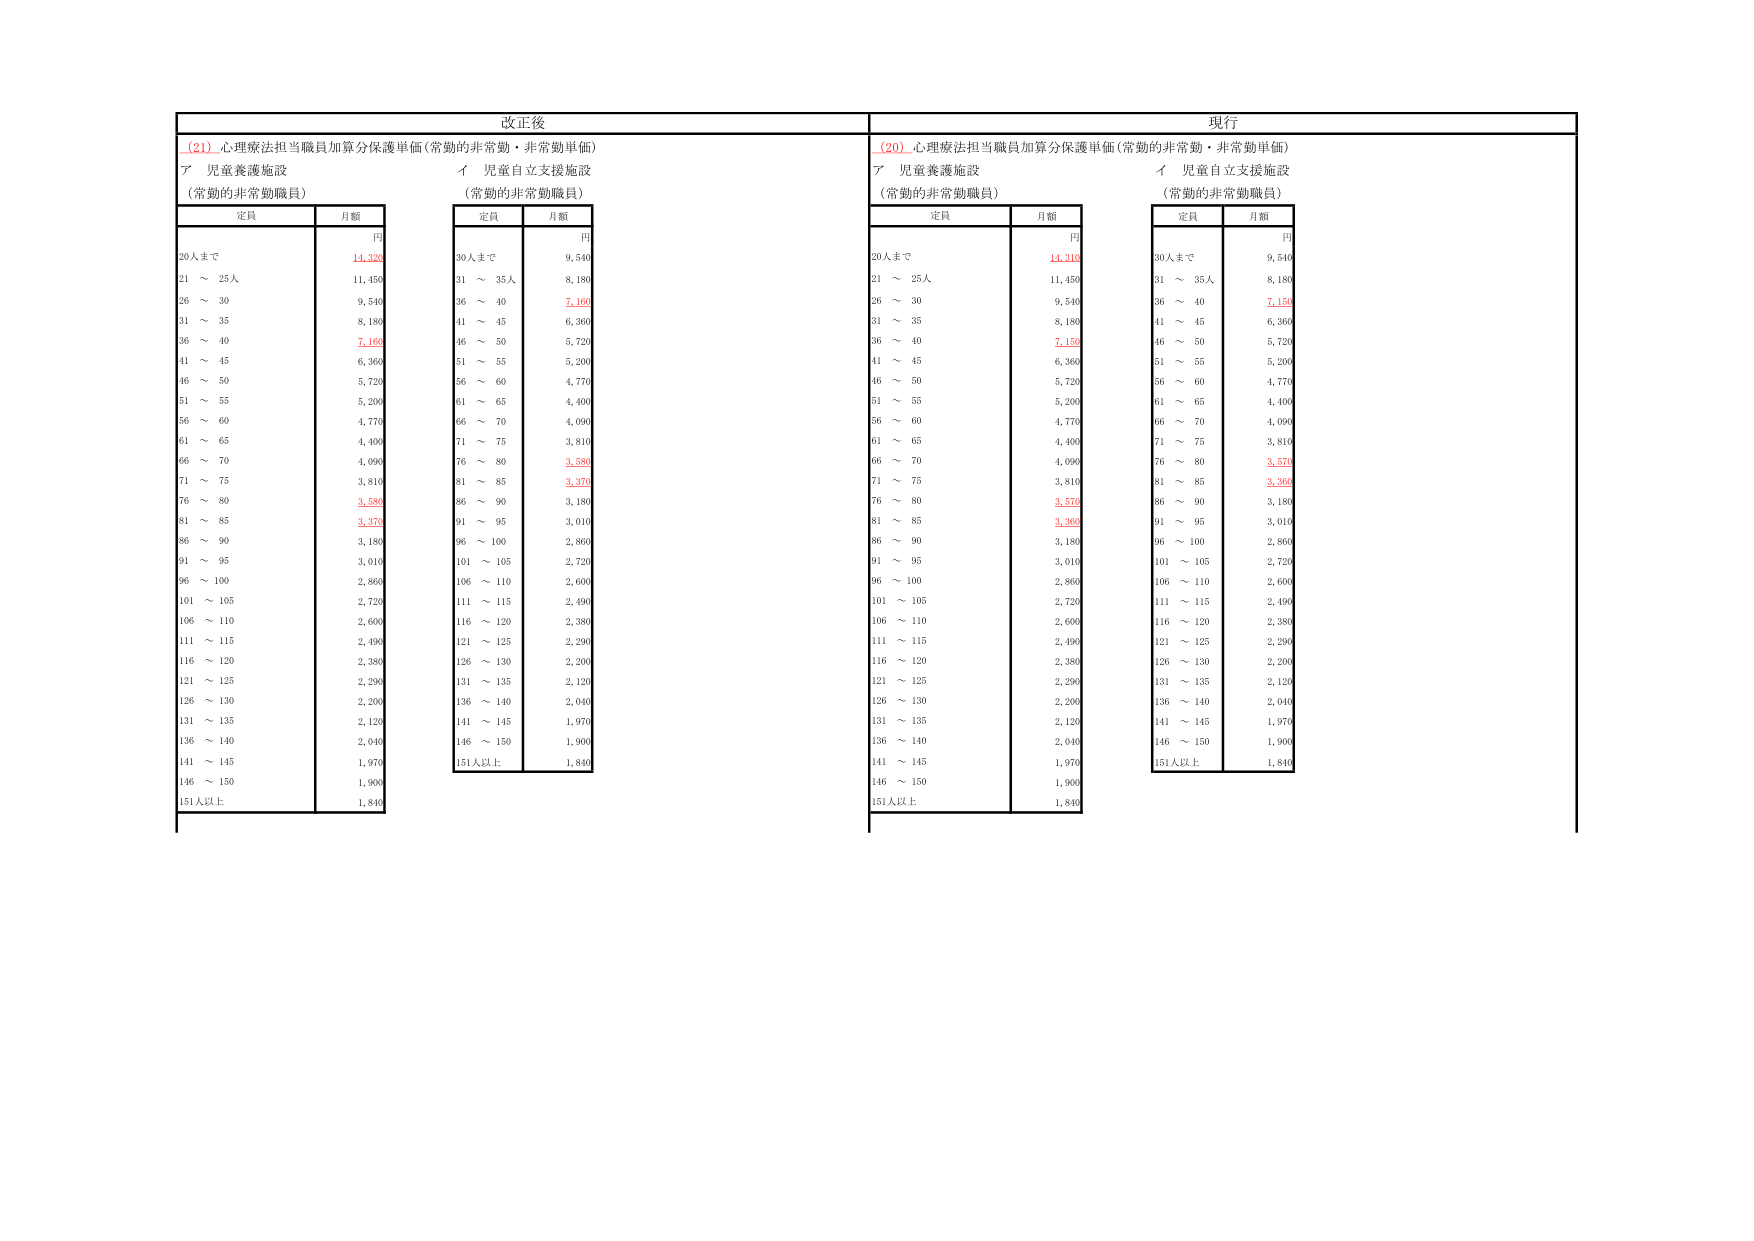
改正後
(21) 心理療法担当職員加算分保護単価（常勤の非常勤・非常勤単価）
ア 児童養護施設
イ 児童自立支援施設
（常勤の非常勤職員）
定員 月額
円
20人まで 14,320
21 ～ 25人 11,450
26 ～ 30 9,540
31 ～ 35 8,180
36 ～ 40 7,160
41 ～ 45 6,360
46 ～ 50 5,720
51 ～ 55 5,200
56 ～ 60 4,770
61 ～ 65 4,400
66 ～ 70 4,090
71 ～ 75 3,810
76 ～ 80 3,580
81 ～ 85 3,370
86 ～ 90 3,180
91 ～ 95 3,010
96 ～ 100 2,860
101 ～ 105 2,720
106 ～ 110 2,600
111 ～ 115 2,490
116 ～ 120 2,380
121 ～ 125 2,290
126 ～ 130 2,200
131 ～ 135 2,120
136 ～ 140 2,040
141 ～ 145 1,970
146 ～ 150 1,900
151人以上 1,840

定員 月額
円
30人まで 9,540
31 ～ 35人 8,180
36 ～ 40 7,160
41 ～ 45 6,360
46 ～ 50 5,720
51 ～ 55 5,200
56 ～ 60 4,770
61 ～ 65 4,400
66 ～ 70 4,090
71 ～ 75 3,810
76 ～ 80 3,580
81 ～ 85 3,370
86 ～ 90 3,180
91 ～ 95 3,010
96 ～ 100 2,860
101 ～ 105 2,720
106 ～ 110 2,600
111 ～ 115 2,490
116 ～ 120 2,380
121 ～ 125 2,290
126 ～ 130 2,200
131 ～ 135 2,120
136 ～ 140 2,040
141 ～ 145 1,970
146 ～ 150 1,900
151人以上 1,840

現行
(20) 心理療法担当職員加算分保護単価（常勤の非常勤・非常勤単価）
ア 児童養護施設
イ 児童自立支援施設
（常勤の非常勤職員）
定員 月額
円
20人まで 14,310
21 ～ 25人 11,450
26 ～ 30 9,540
31 ～ 35 8,180
36 ～ 40 7,150
41 ～ 45 6,360
46 ～ 50 5,720
51 ～ 55 5,200
56 ～ 60 4,770
61 ～ 65 4,400
66 ～ 70 4,090
71 ～ 75 3,810
76 ～ 80 3,570
81 ～ 85 3,360
86 ～ 90 3,180
91 ～ 95 3,010
96 ～ 100 2,860
101 ～ 105 2,720
106 ～ 110 2,600
111 ～ 115 2,490
116 ～ 120 2,380
121 ～ 125 2,290
126 ～ 130 2,200
131 ～ 135 2,120
136 ～ 140 2,040
141 ～ 145 1,970
146 ～ 150 1,900
151人以上 1,840

定員 月額
円
30人まで 9,540
31 ～ 35人 8,180
36 ～ 40 7,150
41 ～ 45 6,360
46 ～ 50 5,720
51 ～ 55 5,200
56 ～ 60 4,770
61 ～ 65 4,400
66 ～ 70 4,090
71 ～ 75 3,810
76 ～ 80 3,570
81 ～ 85 3,360
86 ～ 90 3,180
91 ～ 95 3,010
96 ～ 100 2,860
101 ～ 105 2,720
106 ～ 110 2,600
111 ～ 115 2,490
116 ～ 120 2,380
121 ～ 125 2,290
126 ～ 130 2,200
131 ～ 135 2,120
136 ～ 140 2,040
141 ～ 145 1,970
146 ～ 150 1,900
151人以上 1,840